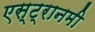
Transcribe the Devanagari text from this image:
एस्ट्रानमी